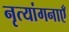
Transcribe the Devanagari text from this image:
नृत्यांगनाएँ